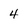
Character: 4